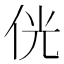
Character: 侊